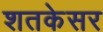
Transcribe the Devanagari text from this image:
शतकेसर